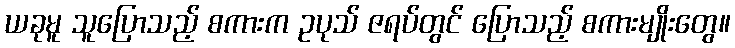
ယခုမူ သူပြောသည့် စကားက ဥပုသ် ဇရပ်တွင် ပြောသည့် စကားမျိုးတွေ။